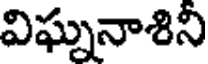
విఘ్ననాశిని